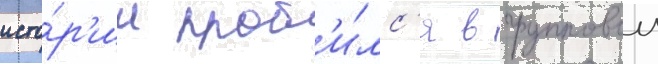
исто́р'ии проб'и́лс'я в групповои